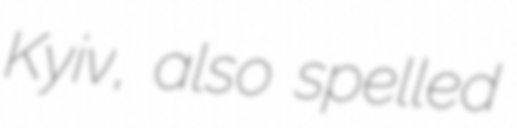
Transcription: Kyiv, also spelled